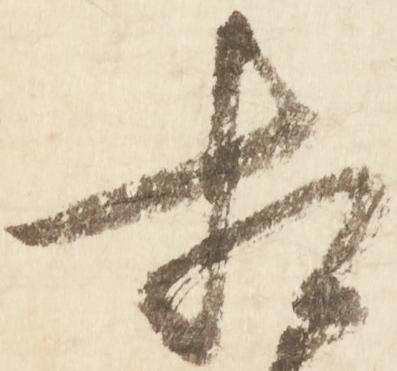
相